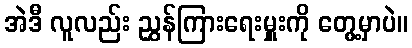
အဲဒီ လူလည်း ညွှန်ကြားရေးမှူးကို တွေ့မှာပဲ။